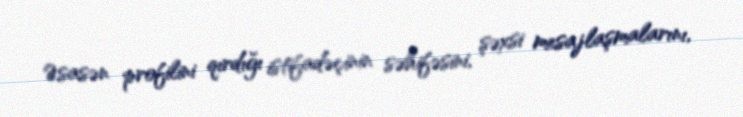
Əsasən profilini qırdığı istifadəçinin səhifəsini, şəxsi mesajlaşmalarını,